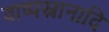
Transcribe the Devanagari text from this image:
वाष्पस्नानादि